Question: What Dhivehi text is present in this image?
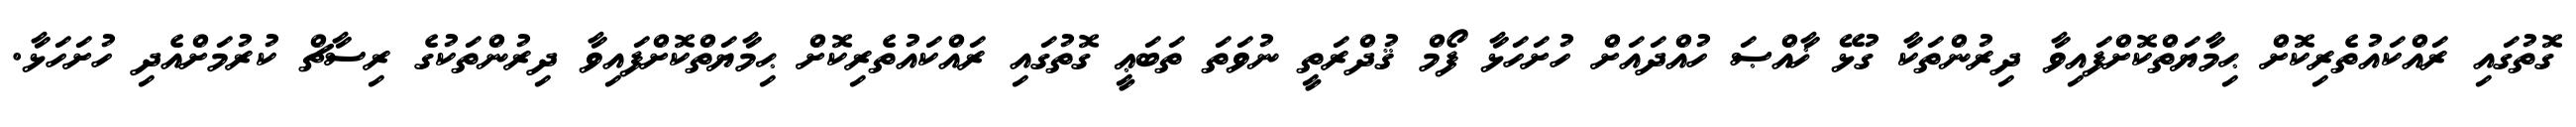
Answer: ގޮތުގައި ރައްކައުތެރިކޮށް ޙިމާޔަތްކޮށްފައިވާ ދިރުންތަކާ ގުޅޭ ޚާއްޞަ ހުއްދައަށް ހުށަހަޅާ ފޯމް ޤުދްރަތީ ނުވަތަ ތަބަޢީ ގޮތުގައި ރައްކައުތެރިކޮށް ޙިމާޔަތްކޮށްފައިވާ ދިރުންތަކުގެ ރިސާޗް ކުރުމަށްއެދި ހުށަހަޅާ.